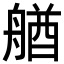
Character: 𦩲